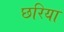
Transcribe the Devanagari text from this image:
छरिया